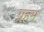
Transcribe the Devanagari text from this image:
ग्रहम